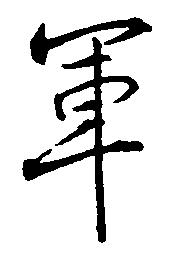
軍